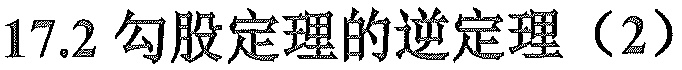
17.2 勾股定理的逆定理（2）